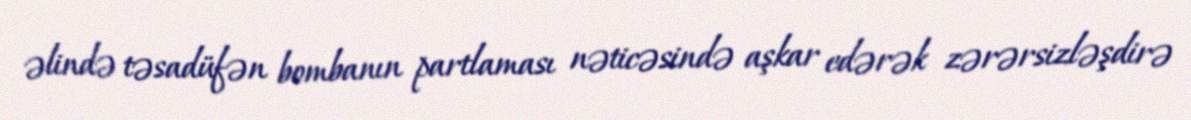
əlində təsadüfən bombanın partlaması nəticəsində aşkar edərək zərərsizləşdirə